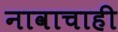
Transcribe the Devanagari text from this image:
नावाचाही